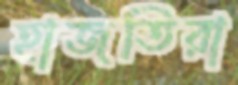
হাজতিরা